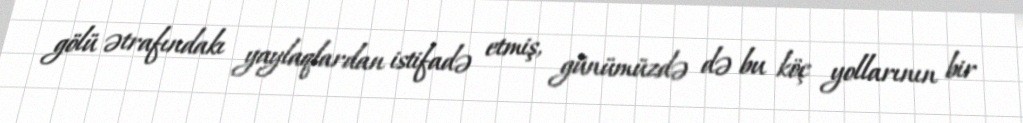
gölü ətrafındakı yaylaqlardan istifadə etmiş, günümüzdə də bu köç yollarının bir